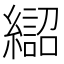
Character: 𱺈